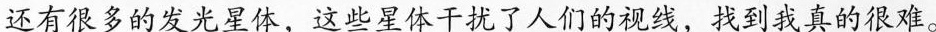
还有很多的发光星体，这些星体干扰了人们的视线，找到我真的很难。